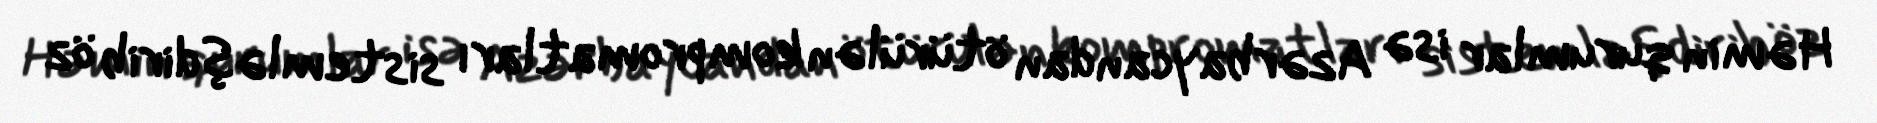
Həmin qurumlar isə Azərbaycandan ötürülən kompromatları sistemləşdirib öz